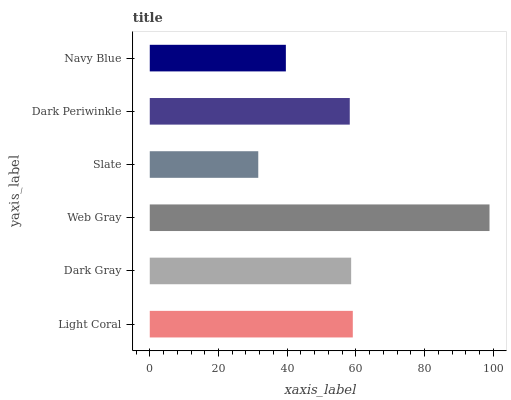
| yaxis_label | bars |
 | --- | --- |
 | Light Coral | 59.1 |
 | Dark Gray | 58.6 |
 | Web Gray | 98.9 |
 | Slate | 31.6 |
 | Dark Periwinkle | 58.2 |
 | Navy Blue | 39.6 |